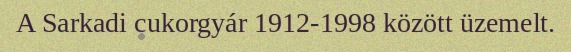
A Sarkadi cukorgyár 1912-1998 között üzemelt.